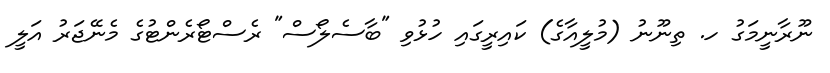
ނޫރާނީމަގު ހ. ތިނޫނު (މުލީއާގެ) ކައިރީގައި ހުޅުވި "ބާސެލޯސް" ރެސްޓޯރެންޓުގެ މެނޭޖަރު އަލީ